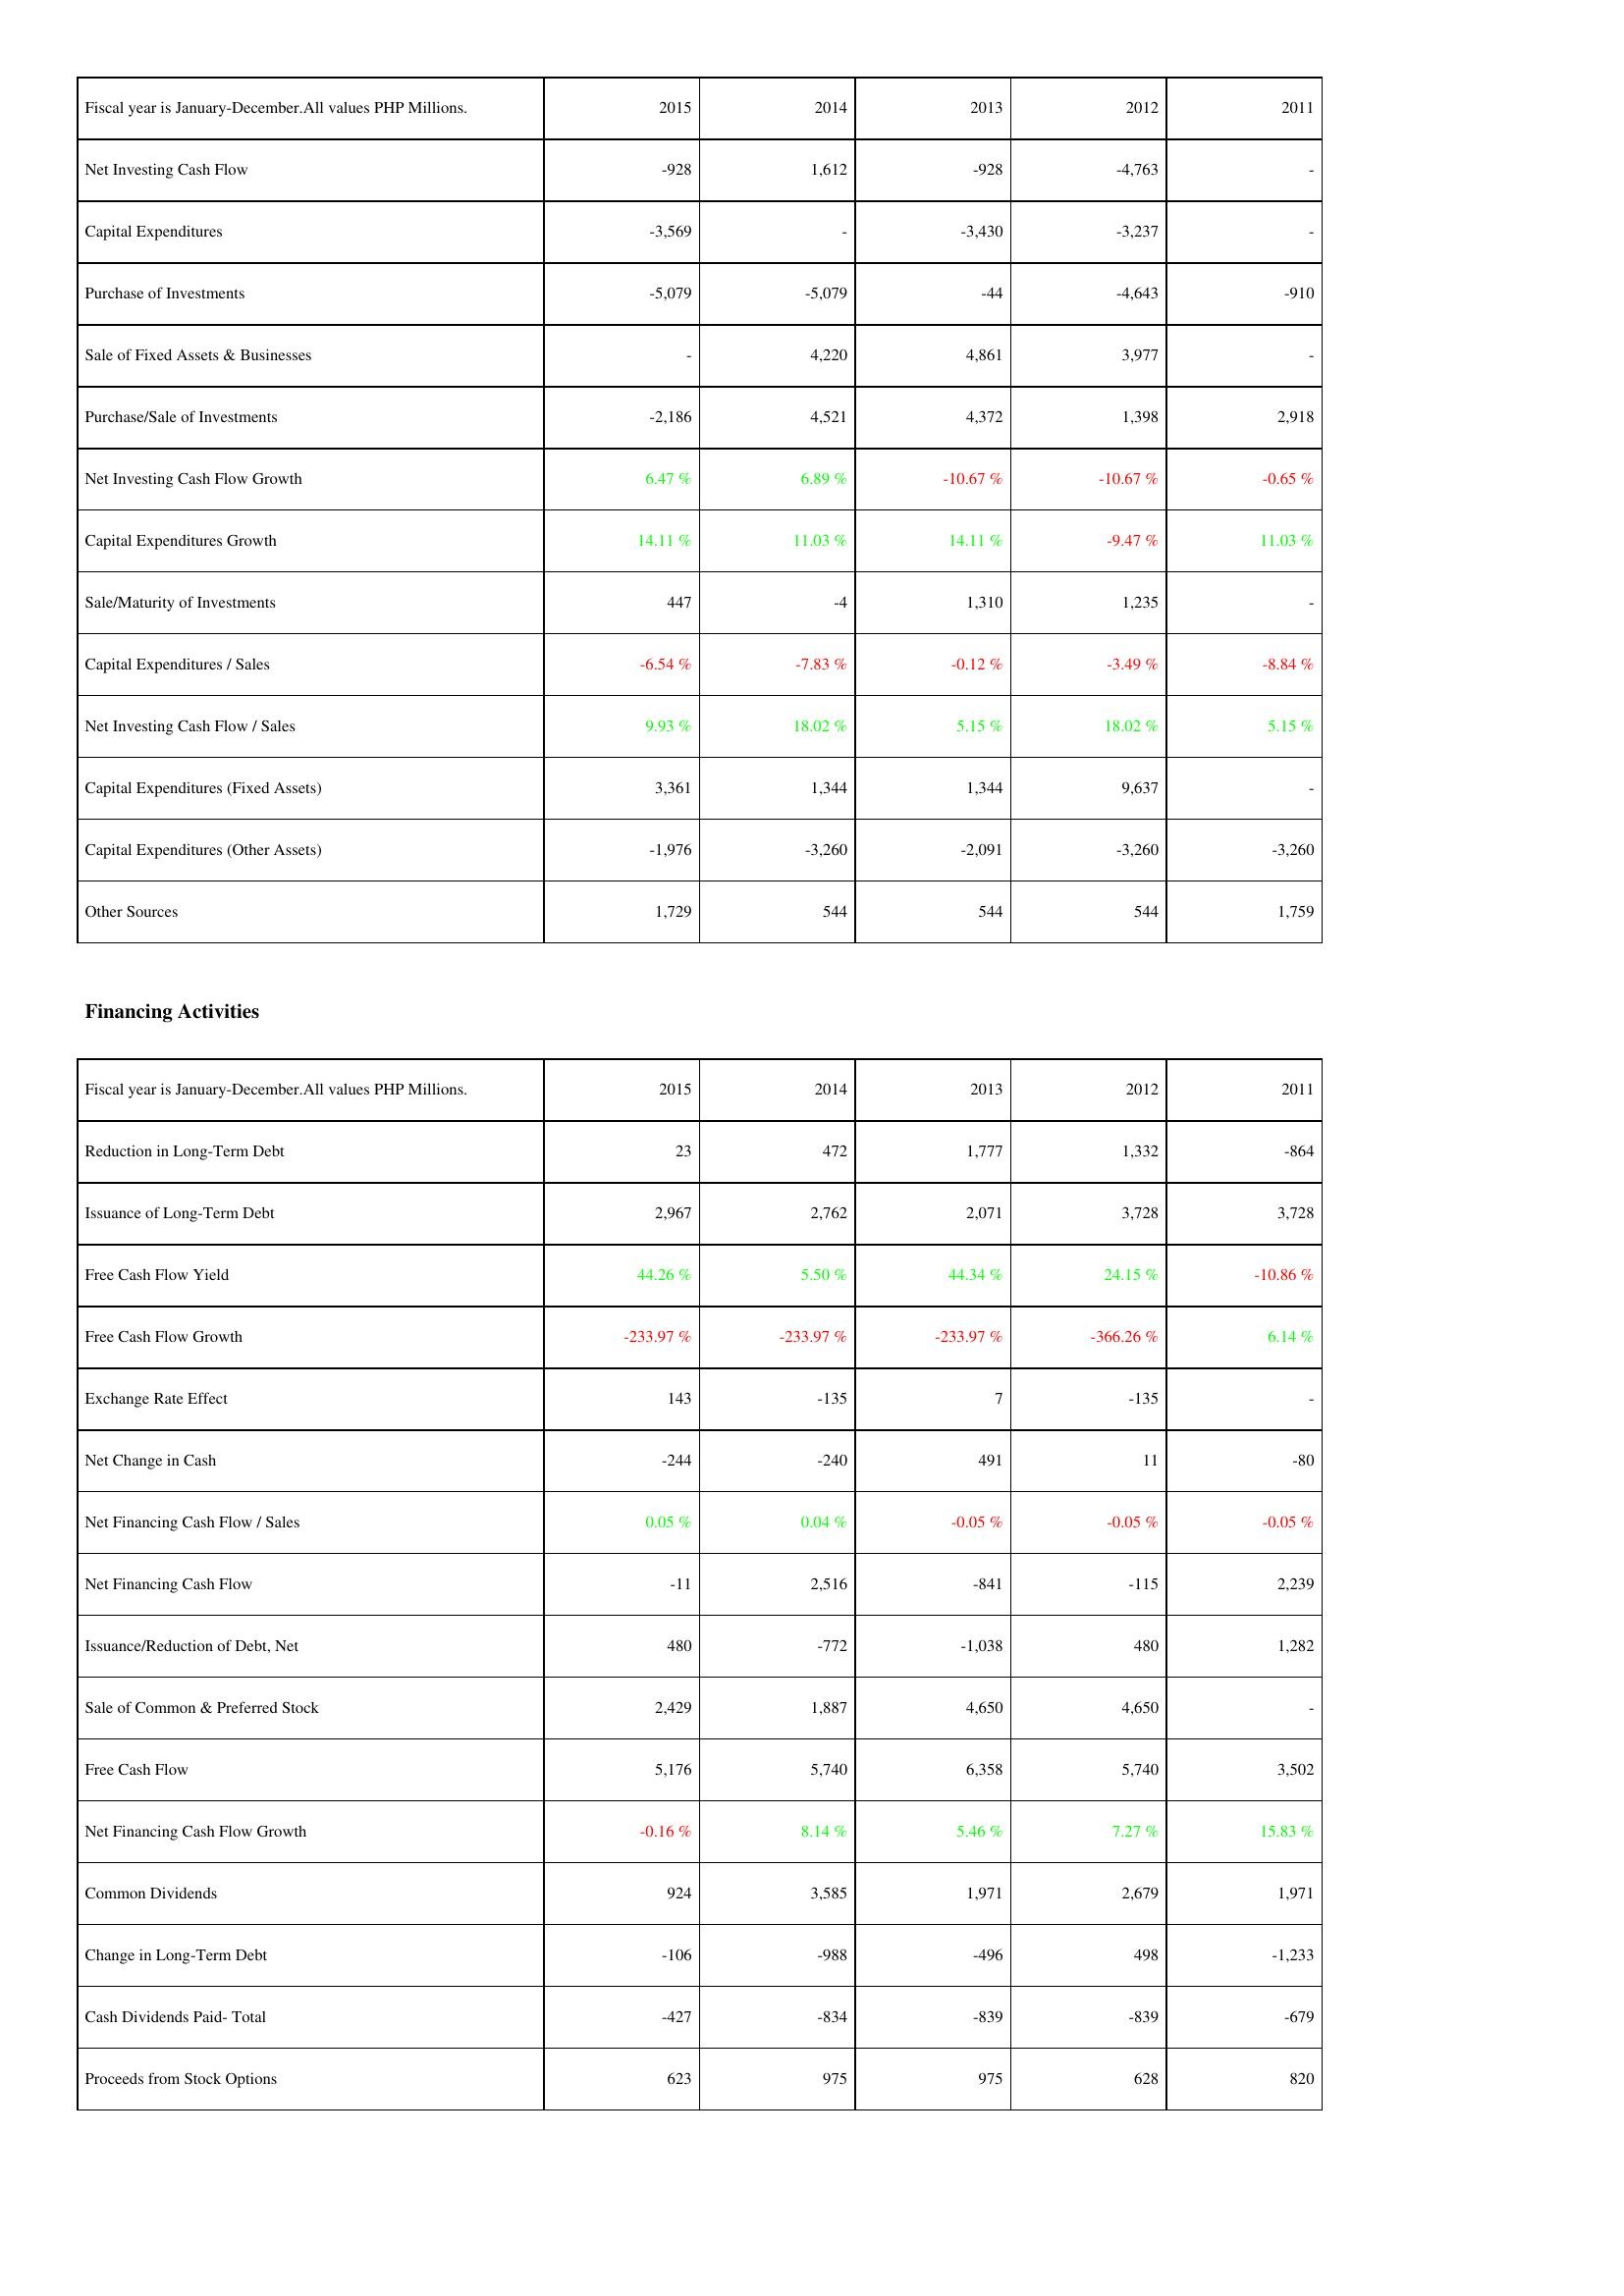
2015: Investing Activities: Net Investing Cash Flow: -928
Capital Expenditures: -3,569
Purchase of Investments: -5,079
Sale of Fixed Assets & Businesses: -
Purchase/Sale of Investments: -2,186
Net Investing Cash Flow Growth: 6.47 %
Capital Expenditures Growth: 14.11 %
Sale/Maturity of Investments: 447
Capital Expenditures / Sales: -6.54 %
Net Investing Cash Flow / Sales: 9.93 %
Capital Expenditures (Fixed Assets): 3,361
Capital Expenditures (Other Assets): -1,976
Other Sources: 1,729
Financing Activities: Reduction in Long-Term Debt: 23
Issuance of Long-Term Debt: 2,967
Free Cash Flow Yield: 44.26 %
Free Cash Flow Growth: -233.97 %
Exchange Rate Effect: 143
Net Change in Cash: -244
Net Financing Cash Flow / Sales: 0.05 %
Net Financing Cash Flow: -11
Issuance/Reduction of Debt, Net: 480
Sale of Common & Preferred Stock: 2,429
Free Cash Flow: 5,176
Net Financing Cash Flow Growth: -0.16 %
Common Dividends: 924
Change in Long-Term Debt: -106
Cash Dividends Paid- Total: -427
Proceeds from Stock Options: 623
2014: Investing Activities: Net Investing Cash Flow: 1,612
Capital Expenditures: -
Purchase of Investments: -5,079
Sale of Fixed Assets & Businesses: 4,220
Purchase/Sale of Investments: 4,521
Net Investing Cash Flow Growth: 6.89 %
Capital Expenditures Growth: 11.03 %
Sale/Maturity of Investments: -4
Capital Expenditures / Sales: -7.83 %
Net Investing Cash Flow / Sales: 18.02 %
Capital Expenditures (Fixed Assets): 1,344
Capital Expenditures (Other Assets): -3,260
Other Sources: 544
Financing Activities: Reduction in Long-Term Debt: 472
Issuance of Long-Term Debt: 2,762
Free Cash Flow Yield: 5.50 %
Free Cash Flow Growth: -233.97 %
Exchange Rate Effect: -135
Net Change in Cash: -240
Net Financing Cash Flow / Sales: 0.04 %
Net Financing Cash Flow: 2,516
Issuance/Reduction of Debt, Net: -772
Sale of Common & Preferred Stock: 1,887
Free Cash Flow: 5,740
Net Financing Cash Flow Growth: 8.14 %
Common Dividends: 3,585
Change in Long-Term Debt: -988
Cash Dividends Paid- Total: -834
Proceeds from Stock Options: 975
2013: Investing Activities: Net Investing Cash Flow: -928
Capital Expenditures: -3,430
Purchase of Investments: -44
Sale of Fixed Assets & Businesses: 4,861
Purchase/Sale of Investments: 4,372
Net Investing Cash Flow Growth: -10.67 %
Capital Expenditures Growth: 14.11 %
Sale/Maturity of Investments: 1,310
Capital Expenditures / Sales: -0.12 %
Net Investing Cash Flow / Sales: 5.15 %
Capital Expenditures (Fixed Assets): 1,344
Capital Expenditures (Other Assets): -2,091
Other Sources: 544
Financing Activities: Reduction in Long-Term Debt: 1,777
Issuance of Long-Term Debt: 2,071
Free Cash Flow Yield: 44.34 %
Free Cash Flow Growth: -233.97 %
Exchange Rate Effect: 7
Net Change in Cash: 491
Net Financing Cash Flow / Sales: -0.05 %
Net Financing Cash Flow: -841
Issuance/Reduction of Debt, Net: -1,038
Sale of Common & Preferred Stock: 4,650
Free Cash Flow: 6,358
Net Financing Cash Flow Growth: 5.46 %
Common Dividends: 1,971
Change in Long-Term Debt: -496
Cash Dividends Paid- Total: -839
Proceeds from Stock Options: 975
2012: Investing Activities: Net Investing Cash Flow: -4,763
Capital Expenditures: -3,237
Purchase of Investments: -4,643
Sale of Fixed Assets & Businesses: 3,977
Purchase/Sale of Investments: 1,398
Net Investing Cash Flow Growth: -10.67 %
Capital Expenditures Growth: -9.47 %
Sale/Maturity of Investments: 1,235
Capital Expenditures / Sales: -3.49 %
Net Investing Cash Flow / Sales: 18.02 %
Capital Expenditures (Fixed Assets): 9,637
Capital Expenditures (Other Assets): -3,260
Other Sources: 544
Financing Activities: Reduction in Long-Term Debt: 1,332
Issuance of Long-Term Debt: 3,728
Free Cash Flow Yield: 24.15 %
Free Cash Flow Growth: -366.26 %
Exchange Rate Effect: -135
Net Change in Cash: 11
Net Financing Cash Flow / Sales: -0.05 %
Net Financing Cash Flow: -115
Issuance/Reduction of Debt, Net: 480
Sale of Common & Preferred Stock: 4,650
Free Cash Flow: 5,740
Net Financing Cash Flow Growth: 7.27 %
Common Dividends: 2,679
Change in Long-Term Debt: 498
Cash Dividends Paid- Total: -839
Proceeds from Stock Options: 628
2011: Investing Activities: Net Investing Cash Flow: -
Capital Expenditures: -
Purchase of Investments: -910
Sale of Fixed Assets & Businesses: -
Purchase/Sale of Investments: 2,918
Net Investing Cash Flow Growth: -0.65 %
Capital Expenditures Growth: 11.03 %
Sale/Maturity of Investments: -
Capital Expenditures / Sales: -8.84 %
Net Investing Cash Flow / Sales: 5.15 %
Capital Expenditures (Fixed Assets): -
Capital Expenditures (Other Assets): -3,260
Other Sources: 1,759
Financing Activities: Reduction in Long-Term Debt: -864
Issuance of Long-Term Debt: 3,728
Free Cash Flow Yield: -10.86 %
Free Cash Flow Growth: 6.14 %
Exchange Rate Effect: -
Net Change in Cash: -80
Net Financing Cash Flow / Sales: -0.05 %
Net Financing Cash Flow: 2,239
Issuance/Reduction of Debt, Net: 1,282
Sale of Common & Preferred Stock: -
Free Cash Flow: 3,502
Net Financing Cash Flow Growth: 15.83 %
Common Dividends: 1,971
Change in Long-Term Debt: -1,233
Cash Dividends Paid- Total: -679
Proceeds from Stock Options: 820